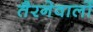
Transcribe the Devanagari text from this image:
तैरनेवालों